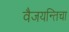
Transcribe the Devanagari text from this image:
वैजयन्तिचा